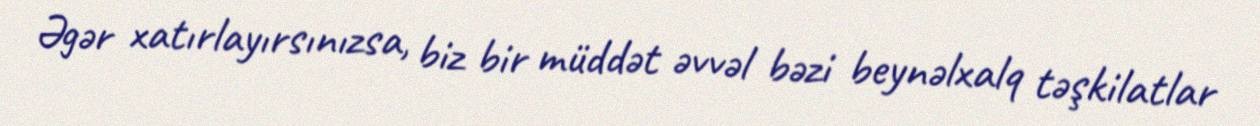
Əgər xatırlayırsınızsa, biz bir müddət əvvəl bəzi beynəlxalq təşkilatlar